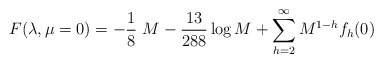
\begin{align*}F(\lambda,\mu=0)= -{1\over 8}\ M -{13\over 288}\log M+\sum_{h=2}^\infty M^{1-h}f_h(0)\end{align*}